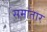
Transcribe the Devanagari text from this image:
समांतार